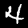
Label: 4